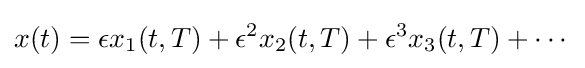
x(t)=\epsilon x_{1}(t,T)+\epsilon ^{2}x_{2}(t,T)+\epsilon ^{3}x_{3}(t,T)+\cdots